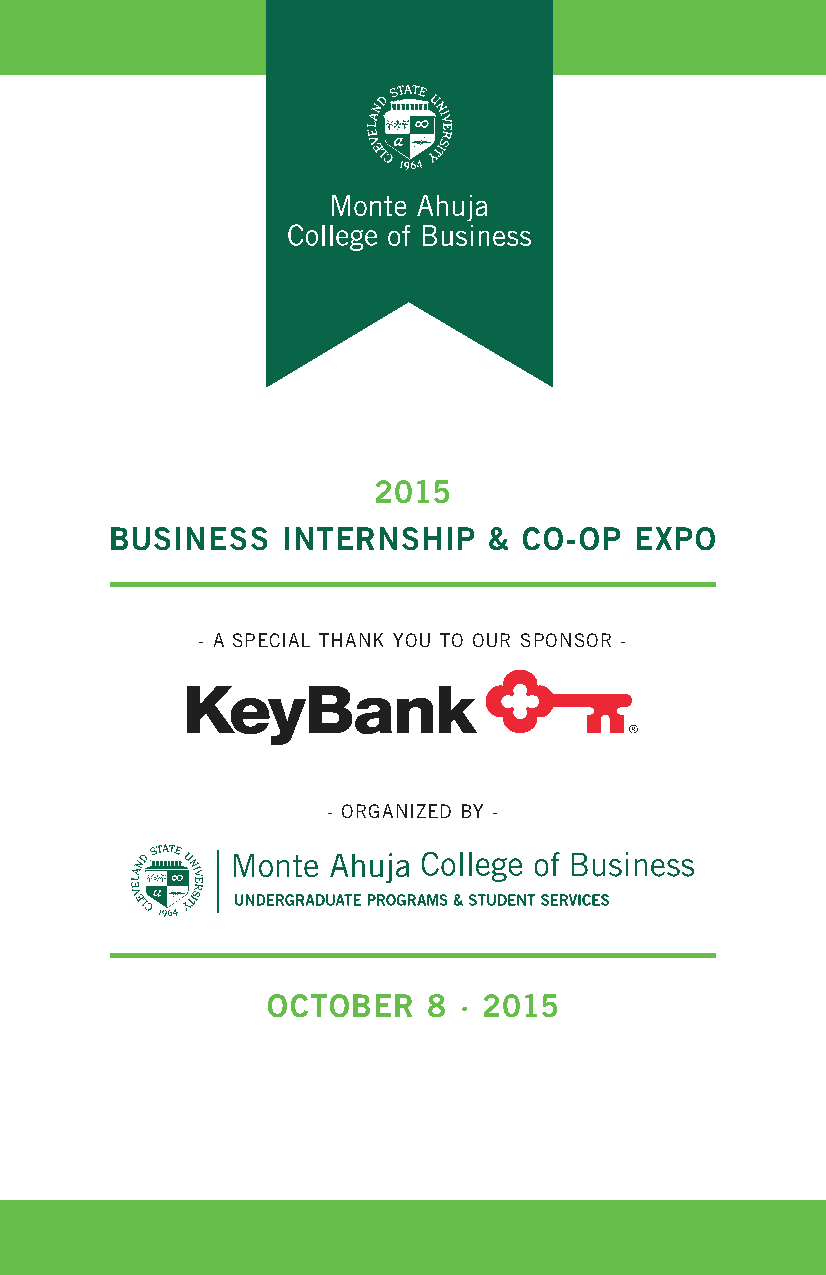
2015
 Business    internship   &  Co-op  expo
 - a special thank yOu tO Our spOnsOr -
 - Organized by -
 oCtoBer   8 · 2015